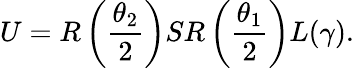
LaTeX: U=R\left(\frac{\theta_{2}}{2}\right)SR\left(\frac{\theta_{1}}{2}\right)L(\gamma).